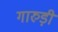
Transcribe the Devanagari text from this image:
गारुड़ी